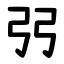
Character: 弜